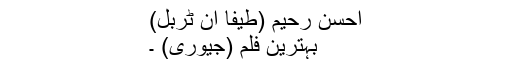
احسن رحیم (طیفا ان ٹربل)
بہترین فلم (جیوری) ۔